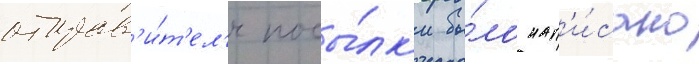
отправ'и́т'ел'я посы́лк'и бы́ло нап'и́сано